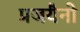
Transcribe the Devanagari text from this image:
प्रजयैनो